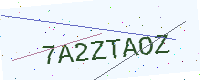
Text: 7A2ZTAOZ